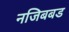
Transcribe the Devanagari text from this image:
नजिबबड